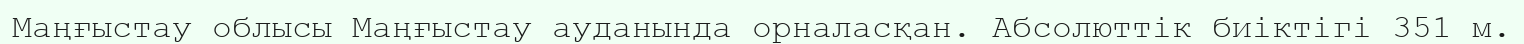
Маңғыстау облысы Маңғыстау ауданында орналасқан. Абсолюттік биіктігі 351 м.